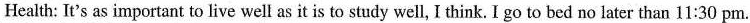
Health: It's as important to live well as it is to study well, I think. I go to bed no later than 11:30 pm.